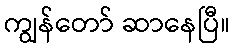
ကျွန်တော် ဆာနေပြီ။